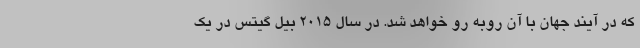
که در آیند جهان با آن روبه رو خواهد شد. در سال ۲۰۱۵ بیل گیتس در یک